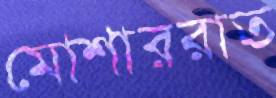
মোশাররাত